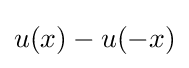
u(x)-u(-x)